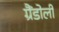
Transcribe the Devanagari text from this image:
ग्रैंडोली